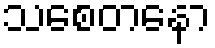
သစေတနော